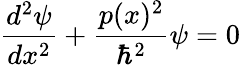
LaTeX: \frac{d^{2}\psi}{dx^{2}}+\frac{p(x)^{2}}{\hbar^{2}}\psi=0